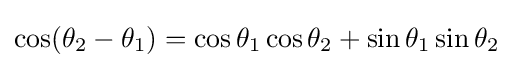
\cos(\theta _{2}-\theta _{1})=\cos \theta _{1}\cos \theta _{2}+\sin \theta _{1}\sin \theta _{2}